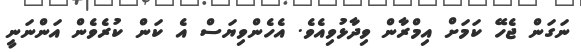
ނަގަން ޖެހޭ ކަމަށް އިމްރާން ވިދާޅުވިއެވެ. އެހެންވިޔަސް އެ ކަން ކުރެވެން އަންނަނީ